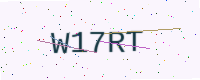
Text: W17RT